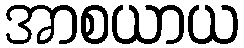
အာစယာယ